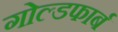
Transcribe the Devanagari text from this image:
गोल्डफार्ब